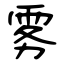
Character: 雾